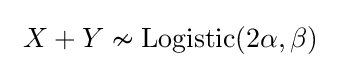
\ X+Y\nsim \mathrm {Logistic} (2\alpha ,\beta )\